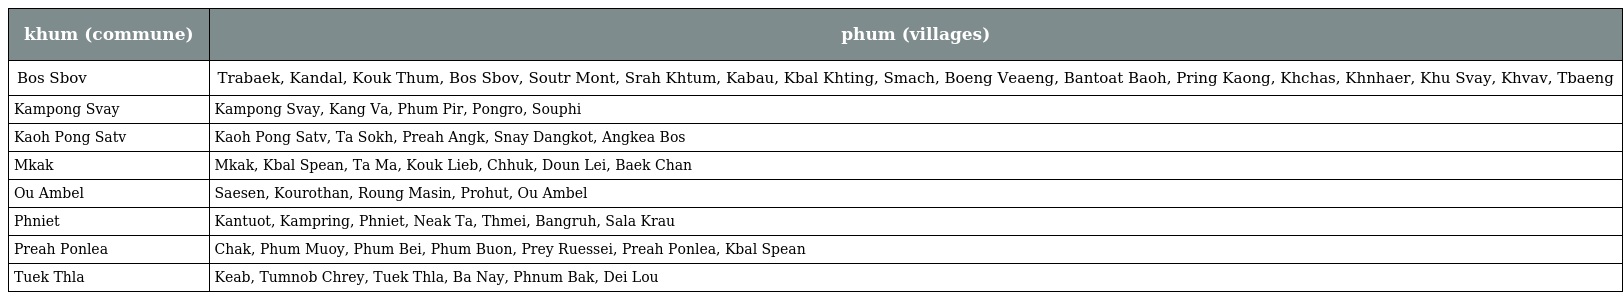
| khum (commune) | phum (villages) |
 | --- | --- |
 | Bos Sbov | Trabaek, Kandal, Kouk Thum, Bos Sbov, Soutr Mont, Srah Khtum, Kabau, Kbal Khting, Smach, Boeng Veaeng, Bantoat Baoh, Pring Kaong, Khchas, Khnhaer, Khu Svay, Khvav, Tbaeng |
 | Kampong Svay | Kampong Svay, Kang Va, Phum Pir, Pongro, Souphi |
 | Kaoh Pong Satv | Kaoh Pong Satv, Ta Sokh, Preah Angk, Snay Dangkot, Angkea Bos |
 | Mkak | Mkak, Kbal Spean, Ta Ma, Kouk Lieb, Chhuk, Doun Lei, Baek Chan |
 | Ou Ambel | Saesen, Kourothan, Roung Masin, Prohut, Ou Ambel |
 | Phniet | Kantuot, Kampring, Phniet, Neak Ta, Thmei, Bangruh, Sala Krau |
 | Preah Ponlea | Chak, Phum Muoy, Phum Bei, Phum Buon, Prey Ruessei, Preah Ponlea, Kbal Spean |
 | Tuek Thla | Keab, Tumnob Chrey, Tuek Thla, Ba Nay, Phnum Bak, Dei Lou |